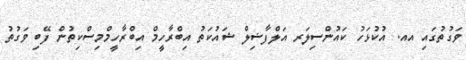
ވަގުތުގައި އއ. އުކުޅަހު ކައުންސިލަރ އަލްފާޟިލް ޝައުކަތު އިބްރާހީމް އިބްރާހީމްމިސްކިތުން ފޭބި ވަގުތު